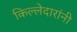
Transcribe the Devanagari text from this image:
किल्लेदारांनी